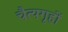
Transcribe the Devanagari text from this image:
चैत्यगृहों